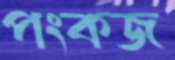
পংকজ